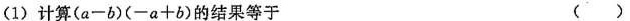
(1)计算 $$ (a一b) (-a+b) $$ 的结果等于 ( )